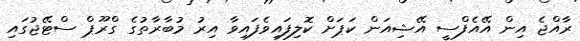
ރާއްޖެ އިން އޭއެފްސީ އޭޝިއަން ކަޕަށް ކޮލިފައިވެފައިވާ އިރު މުބާރާތުގެ ގްރޫޕް ސްޓޭޖުގައި